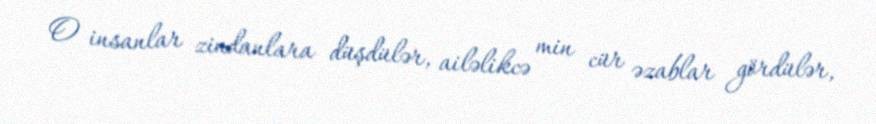
O insanlar zindanlara düşdülər, ailəlikcə min cür əzablar gördülər,